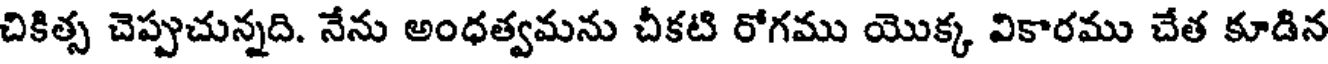
చికిత్స చెప్పుచున్నది. నేను అంధత్వమను చీకటి రోగము యొక్క వికారము చేత కూడిన